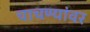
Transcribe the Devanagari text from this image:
चाचण्यांवर